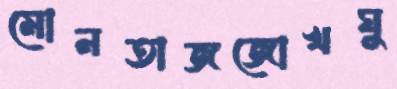
মোনতাজজোখঘু